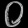
Digit: ၀